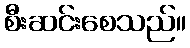
စီးဆင်းစေသည်။